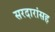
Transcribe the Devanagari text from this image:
सरदारांसह